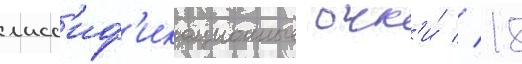
класс'иф'икационные очк'и́ // 18